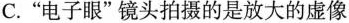
C.”电子眼”镜头拍摄的是放大的虚像